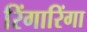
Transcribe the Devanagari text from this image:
रिंगारिंगा